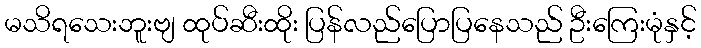
မသိရသေးဘူးဗျ ထုပ်ဆီးထိုး ပြန်လည်ပြောပြနေသည် ဦးကြေးမုံနှင့်